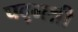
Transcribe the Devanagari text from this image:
पद्‌मश्री